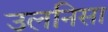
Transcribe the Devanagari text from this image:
उलनिसा